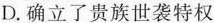
D.确立了贵族世袭特权